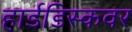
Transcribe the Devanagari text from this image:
हार्डडिस्कवर